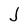
Character: J